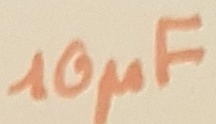
Text: 10µF